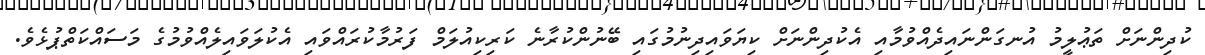
ކުދިންނަށް ތަޢުލީމު އުނގަންނައިދެއްވުމާއި އެކުދިންނަށް ކިޔަވައިދިނުމުގައި ބޭނުންކުރާނެ ކަރިކިއުލަމް ފަރުމާކުރައްވައި އެކުލަވައިލެއްވުމުގެ މަސައްކަތްޕުޅެވެ.